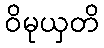
ဝိမုယှတိ